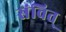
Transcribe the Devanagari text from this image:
संवित्